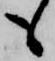
も